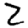
Digit: 2